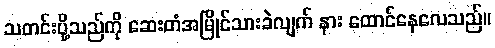
သတင်းပို့သည်ကို ဆေးတံအမြိုင်သားခဲလျက် နား ထောင်နေလေသည်။